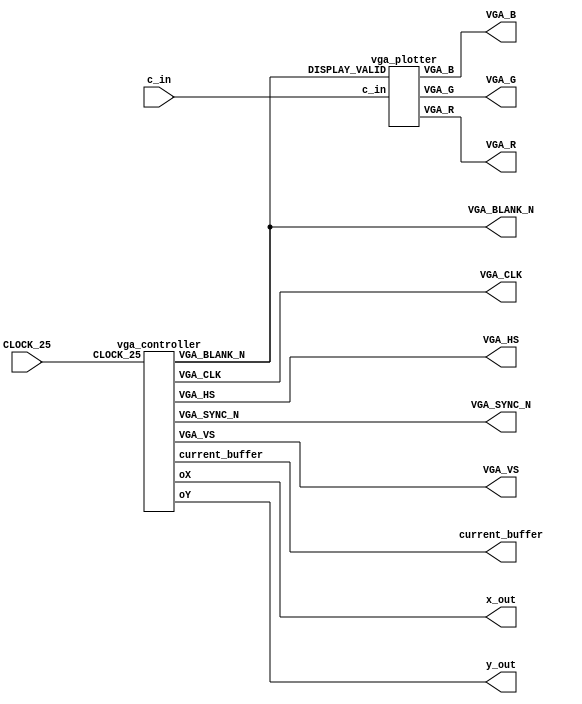
module vga_master
#
(
	parameter X_PIXELS = 640,
	parameter Y_PIXELS = 480
)

(

	CLOCK_25,
	VGA_CLK,   						//	VGA Clock		Must be asserted to the input clock (i.e. VGA_CLK = CLOCK_25)
	VGA_HS,							//	VGA H_SYNC
	VGA_VS,							//	VGA V_SYNC
	VGA_BLANK_N,					//	VGA BLANK: 		Should be logic 1 when within active regions (h_counter < 640, v_counter < 480)
	VGA_SYNC_N,						//	VGA SYNC: 		Should always be 1
	VGA_R,   						//	VGA Red[9:0]
	VGA_G,	 						//	VGA Green[9:0]
	VGA_B,   						//	VGA Blue[9:0]
	c_in,
	x_out,							// 	current x_val
	y_out,							// 	current y_val  
	current_buffer
);
	
	input			CLOCK_25;
	input	[23:0]	c_in;
	
	
	// Declare your inputs and outputs here
	// Do not change the following outputs
	output			VGA_CLK;   				//	VGA Clock
	output			VGA_HS;					//	VGA H_SYNC
	output			VGA_VS;					//	VGA V_SYNC
	output			VGA_BLANK_N;			//	VGA BLANK
	output			VGA_SYNC_N;				//	VGA SYNC
	output	[7:0]	VGA_R;   				//	VGA Red[7:0] Changed from 10 to 8-bit DAC
	output	[7:0]	VGA_G;	 				//	VGA Green[7:0]
	output	[7:0]	VGA_B;   				//	VGA Blue[7:0]
	output	[9:0]	x_out;
	output	[9:0]	y_out;
	
	// Keeps track of which buffer is driving RGB values
	output			current_buffer;

	vga_controller vgac (
		.CLOCK_25(CLOCK_25),
		.VGA_CLK(VGA_CLK),
		.VGA_HS(VGA_HS),
		.VGA_VS(VGA_VS),
		.VGA_BLANK_N(VGA_BLANK_N),
		.VGA_SYNC_N(VGA_SYNC_N),
		.current_buffer(current_buffer),
		.oX(x_out),
		.oY(y_out));
	
	vga_plotter vgap (
		.c_in(c_in),
		.DISPLAY_VALID(VGA_BLANK_N),
		.VGA_R(VGA_R),
		.VGA_B(VGA_B),
		.VGA_G(VGA_G));


endmodule

module vga_controller
(
	CLOCK_25,
	VGA_CLK,   						//	VGA Clock
	VGA_HS,							//	VGA H_SYNC
	VGA_VS,							//	VGA V_SYNC
	VGA_BLANK_N,					//	VGA BLANK
	VGA_SYNC_N,						//	VGA SYNC
	
	current_buffer,					// Selected buffer 
	oX,								// Current x pixel
	oY								// Current y pixel
);
	
	input			CLOCK_25;	

	// Declare your inputs and outputs here
	// Do not change the following outputs
	output			VGA_CLK;   				//	VGA Clock
	output	reg	VGA_HS;					//	VGA H_SYNC
	output	reg	VGA_VS;					//	VGA V_SYNC
	output	reg	VGA_BLANK_N;				//	VGA BLANK
	output			VGA_SYNC_N;				//	VGA SYNC

	output 	reg		current_buffer = 0;
	output	reg		[9:0]	oX;
	output 	reg		[9:0]	oY;
	
	parameter H_ACTIVE  = 10'd640;
	parameter H_SS  	= 10'd659;
	parameter H_SE   	= 10'd754; //(C_HORZ_SYNC_START + 96 - 1); 
	parameter H_TOT 	= 10'd800;	
//	parameter H_TOT 	= 10'd10;	
	
	parameter V_ACTIVE  = 10'd480;
	parameter V_SS  	= 10'd493;
	parameter V_SE    	= 10'd494; //(C_VERT_SYNC_START + 2 - 1); 
	parameter V_TOT 	= 10'd525;
	
	reg [9:0] h_counter = 0;
	reg [9:0] v_counter = 0;
		
	reg hs, vs, blank;
	
	always @(posedge CLOCK_25) begin : ITERATOR_LOGIC
		if (h_counter == H_TOT) begin
			h_counter <= 10'b0;
			
			v_counter <= v_counter + 1'b1;
			
			if (v_counter == V_TOT) begin
				v_counter <= 10'b0;
				
				current_buffer <= current_buffer == 1'b1 ? 1'b0 : 1'b1;
			end
		end else begin
			h_counter <= h_counter + 1'b1;
		end
	end
	
	always @(posedge CLOCK_25) begin : SYNC_LOGIC
		hs <= ~((h_counter >= H_SS) && (h_counter <= H_SE));
		vs <= ~((v_counter >= V_SS) && (v_counter <= V_SE));
		
		blank <= ((h_counter < H_ACTIVE) && (v_counter < V_ACTIVE));
		
		VGA_HS <= hs;
		VGA_VS <= vs;
		VGA_BLANK_N <= blank;
		
		oX <= h_counter;
		oY <= v_counter;
	end
	
	assign VGA_CLK = CLOCK_25;
	assign VGA_SYNC_N = 1'b1;
endmodule

module vga_plotter
(
	c_in,
	DISPLAY_VALID,
	VGA_R,   						//	VGA Red[9:0]
	VGA_G,	 						//	VGA Green[9:0]
	VGA_B   						//	VGA Blue[9:0]
);
	input [23:0] c_in;
	input DISPLAY_VALID;
	output reg [7:0] VGA_R;
	output reg [7:0] VGA_G;
	output reg [7:0] VGA_B;
	
	always @(*) begin
		// Set default color to black
		VGA_R <= 8'b0;
		VGA_G <= 8'b0;
		VGA_B <= 8'b0;
		
		// If x is within 640px and y within 480 assign colors
		if (DISPLAY_VALID) begin			
//			case (c_in)
//				0: begin	// Background
//						{VGA_R, VGA_G, VGA_B} <= 24'h_34_49_5E;
//					end
//				1:	begin	// Borders
//						{VGA_R, VGA_G, VGA_B} <= 24'h_FF_FF_FF;
//					end
//				2:	begin	// Red piece
//						{VGA_R, VGA_G, VGA_B} <= 24'h_F1_94_8A;
//					end
//				3:	begin	// Yellow piece
//						{VGA_R, VGA_G, VGA_B} <= 24'h_F9_E7_9F;
//					end
//			endcase
			{VGA_R, VGA_G, VGA_B} <= c_in;
		end
	end

endmodule